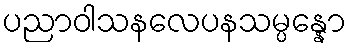
ပညာဝါသနလေပနသမ္ပန္နော